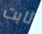
ثابت